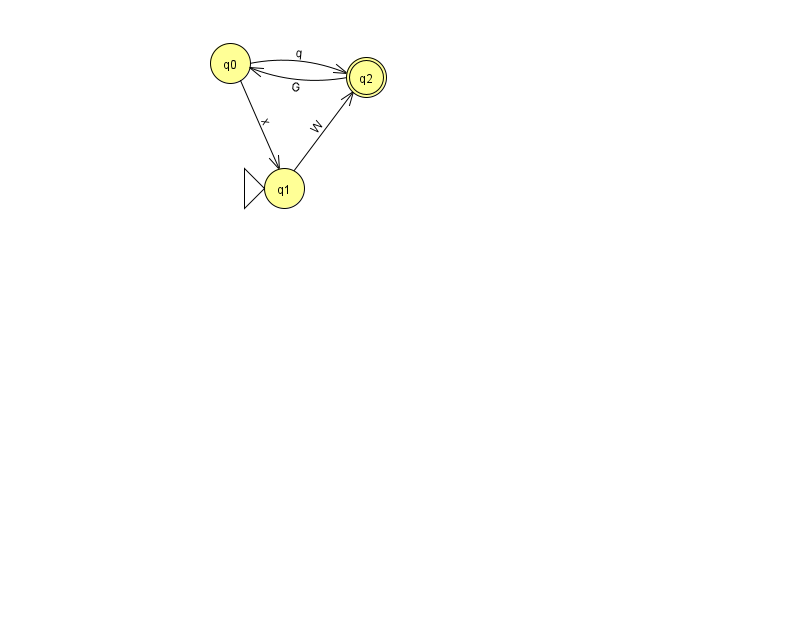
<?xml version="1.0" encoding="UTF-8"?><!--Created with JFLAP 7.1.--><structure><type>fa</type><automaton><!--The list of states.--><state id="0" name="q0"><x>230.0</x><y>50.0</y></state><state id="1" name="q1"><x>284.0</x><y>175.0</y><initial/></state><state id="2" name="q2"><x>366.0</x><y>64.0</y><final/></state><!--The list of transitions.--><transition><from>0</from><to>2</to><read>q</read></transition><transition><from>1</from><to>2</to><read>W</read></transition><transition><from>2</from><to>0</to><read>G</read></transition><transition><from>0</from><to>1</to><read>x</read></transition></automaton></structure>